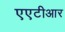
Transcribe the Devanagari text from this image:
एएटीआर